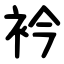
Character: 衿